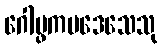
ဂေါပ္ဖကပဒေသေသု